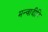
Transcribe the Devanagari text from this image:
मन्वादीनि